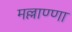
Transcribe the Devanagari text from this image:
मल्लाण्णा